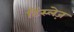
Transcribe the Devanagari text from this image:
टिंस्लेज़